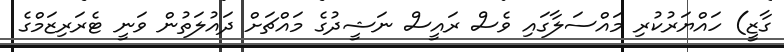
ގާޒީ) ހައްޔަރުކުރި މައްސަލާގައި ވެސް ރައީސް ނަޝީދުގެ މައްޗަށް ދައުލަތުން ވަނީ ޓެރަރިޒަމްގެ